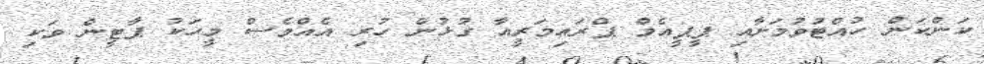
ކަންކަން ހުއްޓުވުމަށާއި ޕީޕީއެމް ޕްރައިމަރީއާ ގުޅުން ހުރި އެއްވެސް މީހަކު ޕާޓީން ވަކި